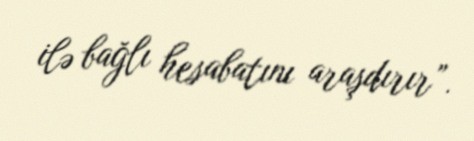
ilə bağlı hesabatını araşdırır”.